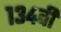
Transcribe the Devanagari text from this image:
१३४वी